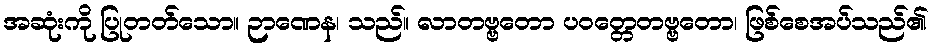
အဆုံးကို ပြုတတ်သော။ ဉာဏေန၊ သည်။ လာတဗ္ဗတော ပဝတ္တေတဗ္ဗတော၊ ဖြစ်စေအပ်သည်၏